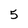
Character: 5